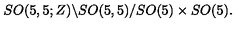
S O ( 5 , 5 ; Z ) \backslash S O ( 5 , 5 ) / S O ( 5 ) \times S O ( 5 ) .